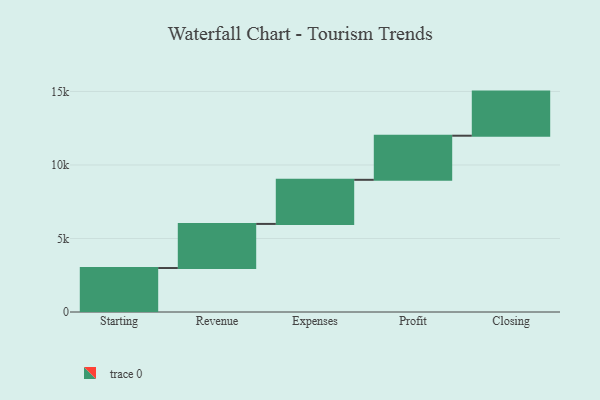
{"axis": {"x": "Step", "y": "Value"}, "legend": [""], "data": [{"x": "Starting", "y": 2991.0, "type": ""}, {"x": "Revenue", "y": 3000, "type": ""}, {"x": "Expenses", "y": 3000, "type": ""}, {"x": "Profit", "y": 3000, "type": ""}, {"x": "Closing", "y": 3000, "type": ""}]}